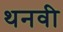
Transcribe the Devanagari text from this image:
थनवी